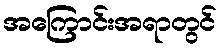
အကြောင်းအရာတွင်